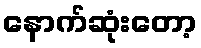
နောက်ဆုံးတော့